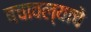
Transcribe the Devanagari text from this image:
बचावल्याचे